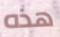
هذه